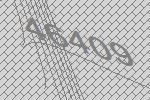
46409